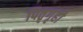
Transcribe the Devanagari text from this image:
पितृगृही